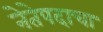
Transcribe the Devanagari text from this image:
नेतेपदाचा